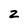
Character: Z